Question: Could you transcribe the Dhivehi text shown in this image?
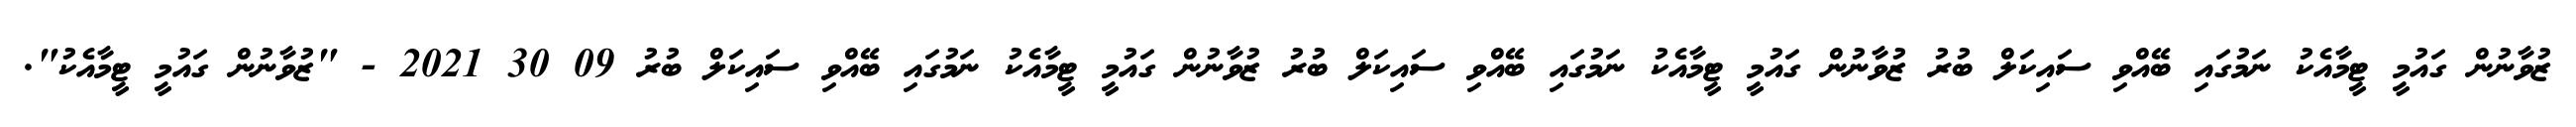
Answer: ޒުވާނުން ގައުމީ ޓީމާއެކު ނަމުގައި ބޭއްވި ސައިކަލް ބުރު ޒުވާނުން ގައުމީ ޓީމާއެކު ނަމުގައި ބޭއްވި ސައިކަލް ބުރު ޒުވާނުން ގައުމީ ޓީމާއެކު ނަމުގައި ބޭއްވި ސައިކަލް ބުރު 09 30 2021 - "ޒުވާނުން ގައުމީ ޓީމާއެކު".